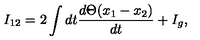
I _ { 1 2 } = 2 \int d t \frac { d \Theta ( x _ { 1 } - x _ { 2 } ) } { d t } + I _ { g } ,